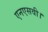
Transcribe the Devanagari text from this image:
एनएसवी।